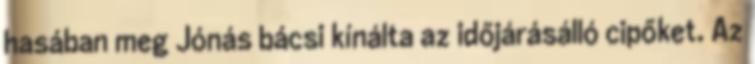
hasában meg Jónás bácsi kínálta az időjárásálló cipőket. Az